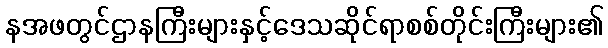
နအဖတွင်ဌာနကြီးများနှင့်ဒေသဆိုင်ရာစစ်တိုင်းကြီးများ၏